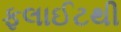
ફલાઈટથી